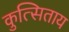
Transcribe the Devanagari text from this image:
कुत्सिताय